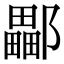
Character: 𨞽